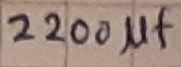
Text: 220µF